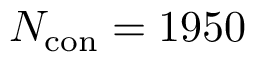
N _ { \mathrm { c o n } } = 1 9 5 0